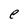
Character: e